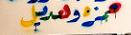
محز و هريل